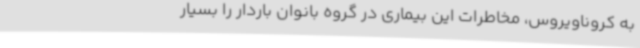
به کروناویروس، مخاطرات این بیماری در گروه بانوان باردار را بسیار